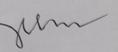
Signature authenticity: forged